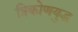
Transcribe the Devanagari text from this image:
त्रिकोणयुद्ध